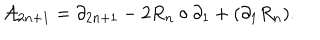
{ \cal A } _ { 2 n + 1 } = \partial _ { 2 n + 1 } - 2 R _ { n } \circ \partial _ { 1 } + ( \partial _ { 1 } R _ { n } ) .